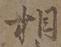
相